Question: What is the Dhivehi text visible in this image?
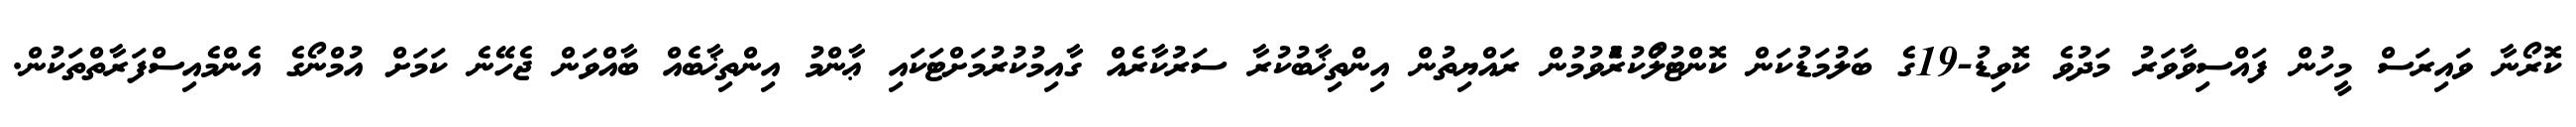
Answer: ކޮރޯނާ ވައިރަސް މީހުން ފައްސިވާވަރު މަދުވެ ކޮވިޑު-19ގެ ބަލުމަޑުކަން ކޮންޓުލޯުކުރުެވުމުން ރައްޔިތުން އިންތިޚާބުކުރާ ސަރުކާރެއް ގާއިމުކުރުމަށްޓަކައި ޢާންމު އިންތިޚާބެއް ބާއްވަން ޖެހޭނެ ކަމަށް އުމްނޯގެ އެންމެއިސްފަރާތްތަކުން.